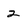
Character: 2